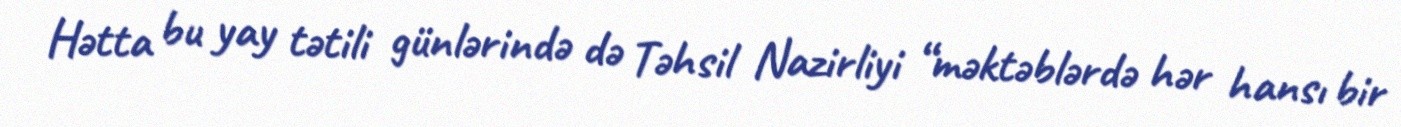
Hətta bu yay tətili günlərində də Təhsil Nazirliyi “məktəblərdə hər hansı bir